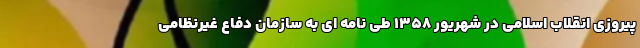
پیروزی انقلاب اسلامی در شهریور 1358 طی نامه ای به سازمان دفاع غیرنظامی